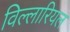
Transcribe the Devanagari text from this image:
विल्लारियल